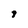
Character: 9